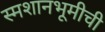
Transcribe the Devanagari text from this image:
स्मशानभूमीची